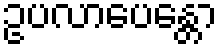
ဥပလာပေန္တော